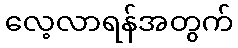
လေ့လာရန်အတွက်